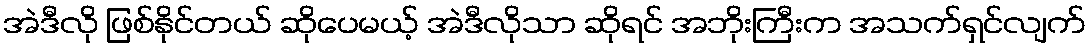
အဲဒီလို ဖြစ်နိုင်တယ် ဆိုပေမယ့် အဲဒီလိုသာ ဆိုရင် အဘိုးကြီးက အသက်ရှင်လျက်